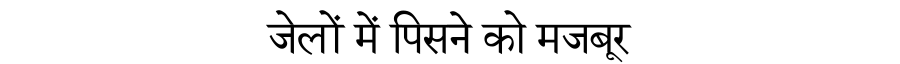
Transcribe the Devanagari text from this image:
जेलों में पिसने को मजबूर